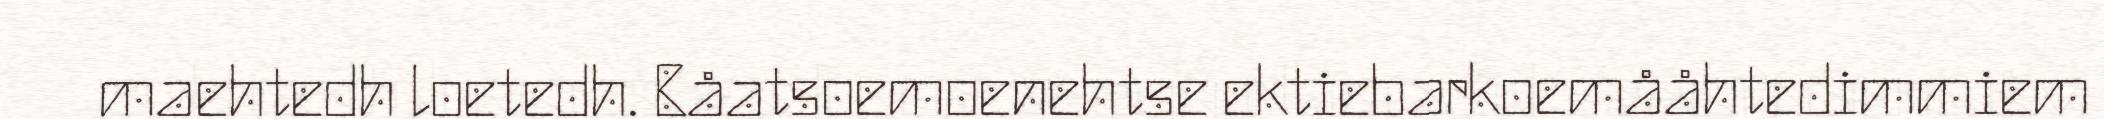
maehtedh loetedh. Båatsoemoenehtse ektiebarkoemååhtedimmiem